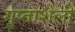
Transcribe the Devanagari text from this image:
गुप्ताशैली